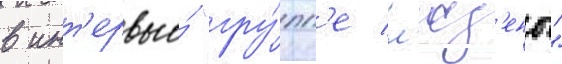
в инт'ервью́ "гру́пп'е л'юд'ены"